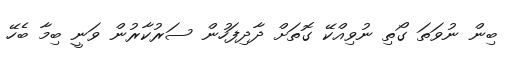
ބިން ނުވަތަ ގޯތި ނުވިއްކޭ ގޮތަށް ދާދިފަހުން ސަރުކާރުން ވަނީ ބިމާ ބެހޭ